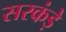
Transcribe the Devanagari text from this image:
सरकंड़े